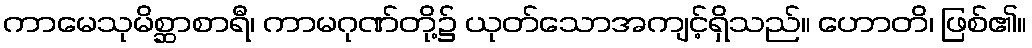
ကာမေသုမိစ္ဆာစာရီ၊ ကာမဂုဏ်တို့၌ ယုတ်သောအကျင့်ရှိသည်။ ဟောတိ၊ ဖြစ်၏။